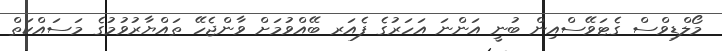
މޯލްޑިވްސް ގެޓަވޭސްއިން ބުނީ އަންނަ އަހަރުގެ ފެއަރ ބޭއްވުމަށް ވާންޖެހޭ ތައްޔާރުވުމުގެ މަސައްކަތް